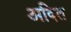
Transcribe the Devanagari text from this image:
अदित